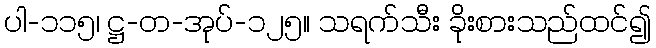
ပါ-၁၁၅၊ ဋ္ဌ-တ-အုပ်-၁၂၅။ သရက်သီး ခိုးစားသည်ထင်၍